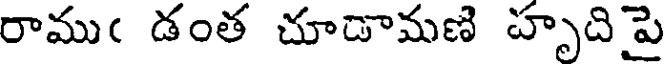
రాముఁ డంత చూడామణి హృదిపై